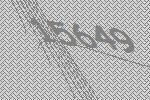
15649